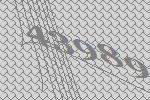
43989